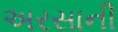
અરસાની